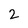
Character: 2